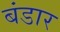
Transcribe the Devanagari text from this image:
बंडार